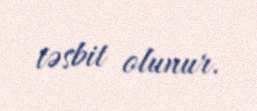
təsbit olunur.